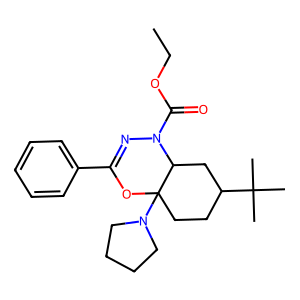
SMILES: CCOC(=O)N1N=C(c2ccccc2)OC2(N3CCCC3)CCC(C(C)(C)C)CC12
Inhibits HIV replication: Yes